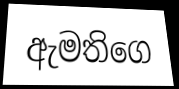
ඇමතිගෙ